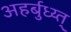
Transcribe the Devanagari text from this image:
अहर्बुध्य्त्